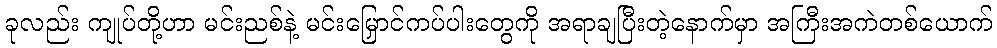
ခုလည်း ကျုပ်တို့ဟာ မင်းညစ်နဲ့ မင်းမြှောင်ကပ်ပါးတွေကို အရာချပြီးတဲ့နောက်မှာ အကြီးအကဲတစ်ယောက်